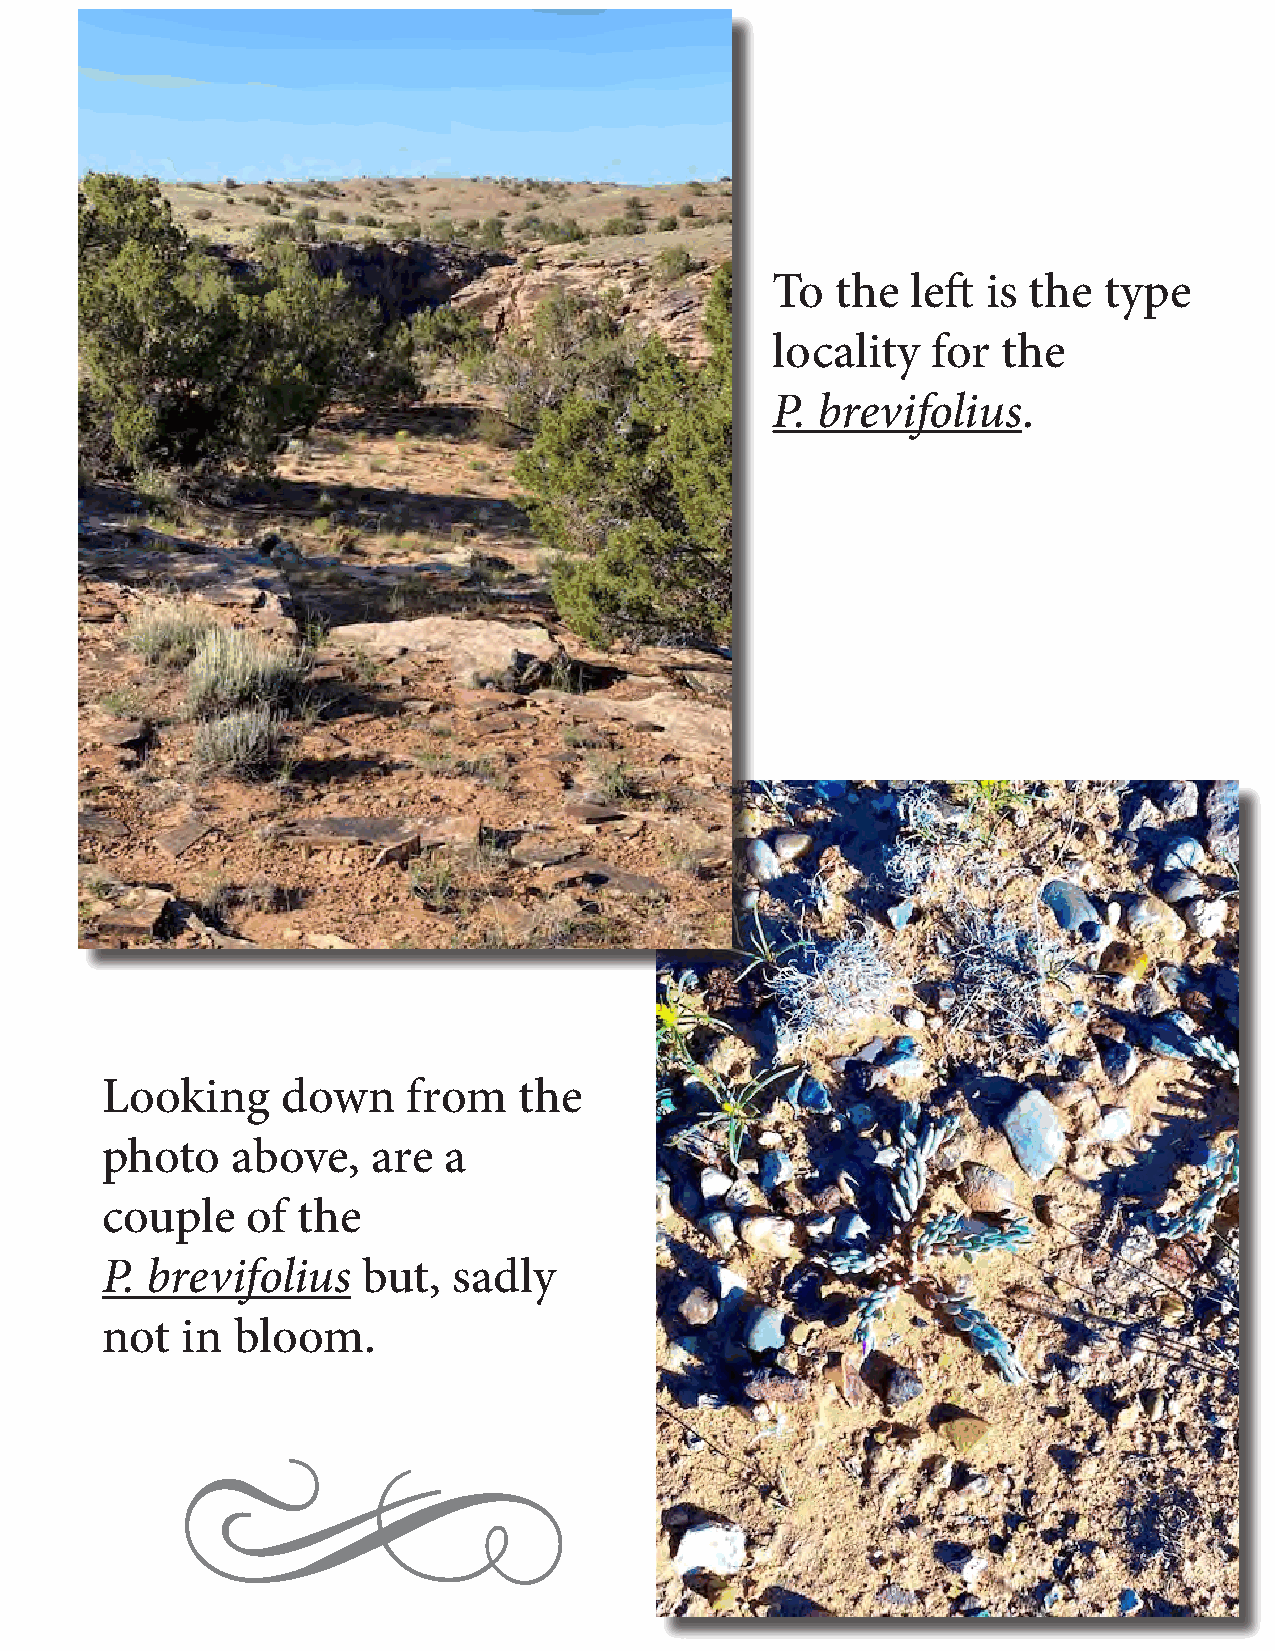
To  the  left is the  type
 locality   for the
 P. brevifolius.
 Looking     down    from   the
 photo   above,    are a
 couple   of  the
 P. brevifolius   but,  sadly
 not  in bloom.